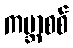
ကမ္ဘာစစ်